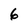
Character: 6